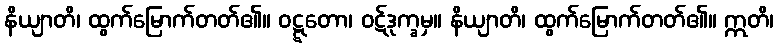
နိယျာတိ၊ ထွက်မြောက်တတ်၏။ ဝဋ္ဋတော၊ ဝဋ်ဒုက္ခမှ။ နိယျာတိ၊ ထွက်မြောက်တတ်၏။ ဣတိ၊